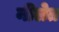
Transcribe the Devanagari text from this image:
नीलेत